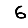
Digit: 6